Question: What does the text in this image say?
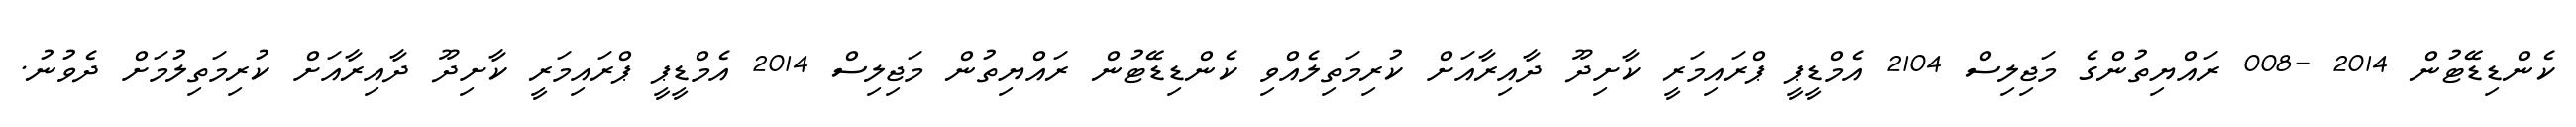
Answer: ކެންޑިޑޭޓުން 2014 -008 ރައްޔިތުންގެ މަޖިލިސް 2104 އެމްޑީޕީ ޕްރައިމަރީ ކާށިދޫ ދާއިރާއަށް ކުރިމަތިލެއްވި ކެންޑިޑޭޓުން ރައްޔިތުން މަޖިލިސް 2014 އެމްޑީޕީ ޕްރައިމަރީ ކާށިދޫ ދާއިރާއަށް ކުރިމަތިލުމަށް ދެވުނު.